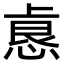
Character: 𫠺